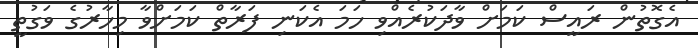
އެގޮތުން ރައީސް ކަމަށް ވާދަކުރެއްވި ހަމަ އެކަނި ފަރާތް ކަމަށްވާ މިހާރުގެ ވަގުތީ